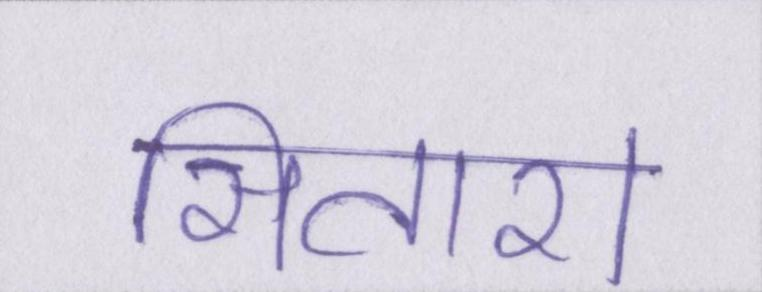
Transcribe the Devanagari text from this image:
सितारा